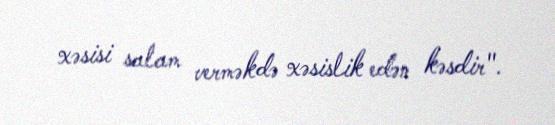
xəsisi salam verməkdə xəsislik edən kəsdir".